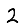
Digit: 2